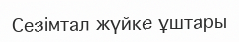
Сезімтал жүйке ұштары